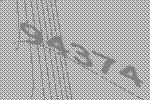
94374